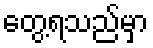
တွေ့ရသည်မှာ